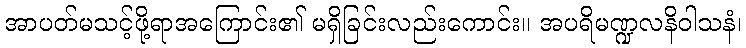
အာပတ်မသင့်ဖို့ရာအကြောင်း၏ မရှိခြင်းလည်းကောင်း။ အပရိမဏ္ဍလနိဝါသနံ၊